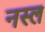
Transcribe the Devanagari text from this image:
नस्‍ल